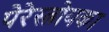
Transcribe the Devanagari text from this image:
पेरेस्त्रोयका